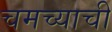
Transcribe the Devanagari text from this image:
चमच्याची